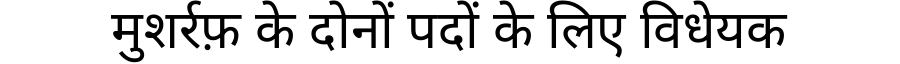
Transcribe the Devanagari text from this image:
मुशर्रफ़ के दोनों पदों के लिए विधेयक